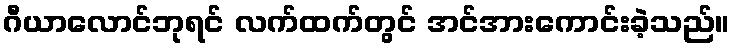
ဂီယာလောင်ဘုရင် လက်ထက်တွင် အင်အားကောင်းခဲ့သည်။